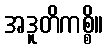
အဒူတိကစ္စိ။